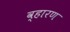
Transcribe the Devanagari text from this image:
व्हारण